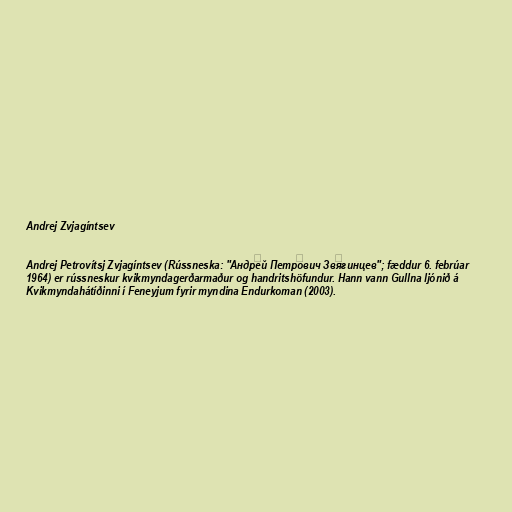
Andrej Zvjagíntsev

Andrej Petrovítsj Zvjagíntsev (Rússneska: "Андре́й Петро́вич Звя́гинцев"; fæddur 6. febrúar
1964) er rússneskur kvikmyndagerðarmaður og handritshöfundur. Hann vann Gullna ljónið á
Kvikmyndahátíðinni í Feneyjum fyrir myndina Endurkoman (2003).